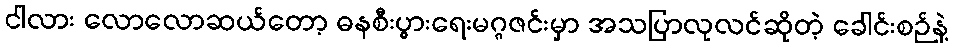
ငါလား လောလောဆယ်တော့ ဓနစီးပွားရေးမဂ္ဂဇင်းမှာ အသပြာလုလင်ဆိုတဲ့ ခေါင်းစဉ်နဲ့